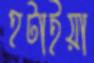
হটাইয়া